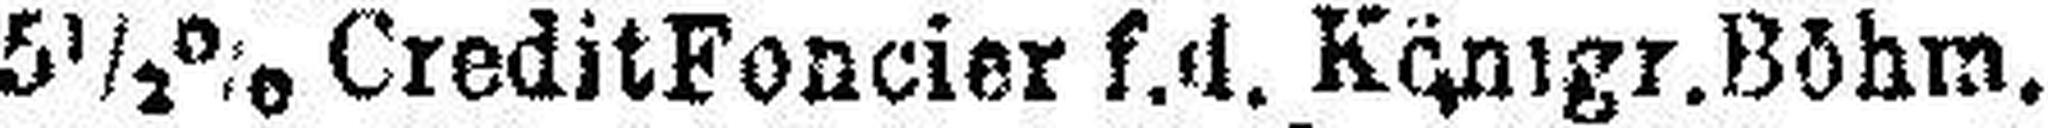
5½% Credit Foneier f.d. Königr. Böhm.